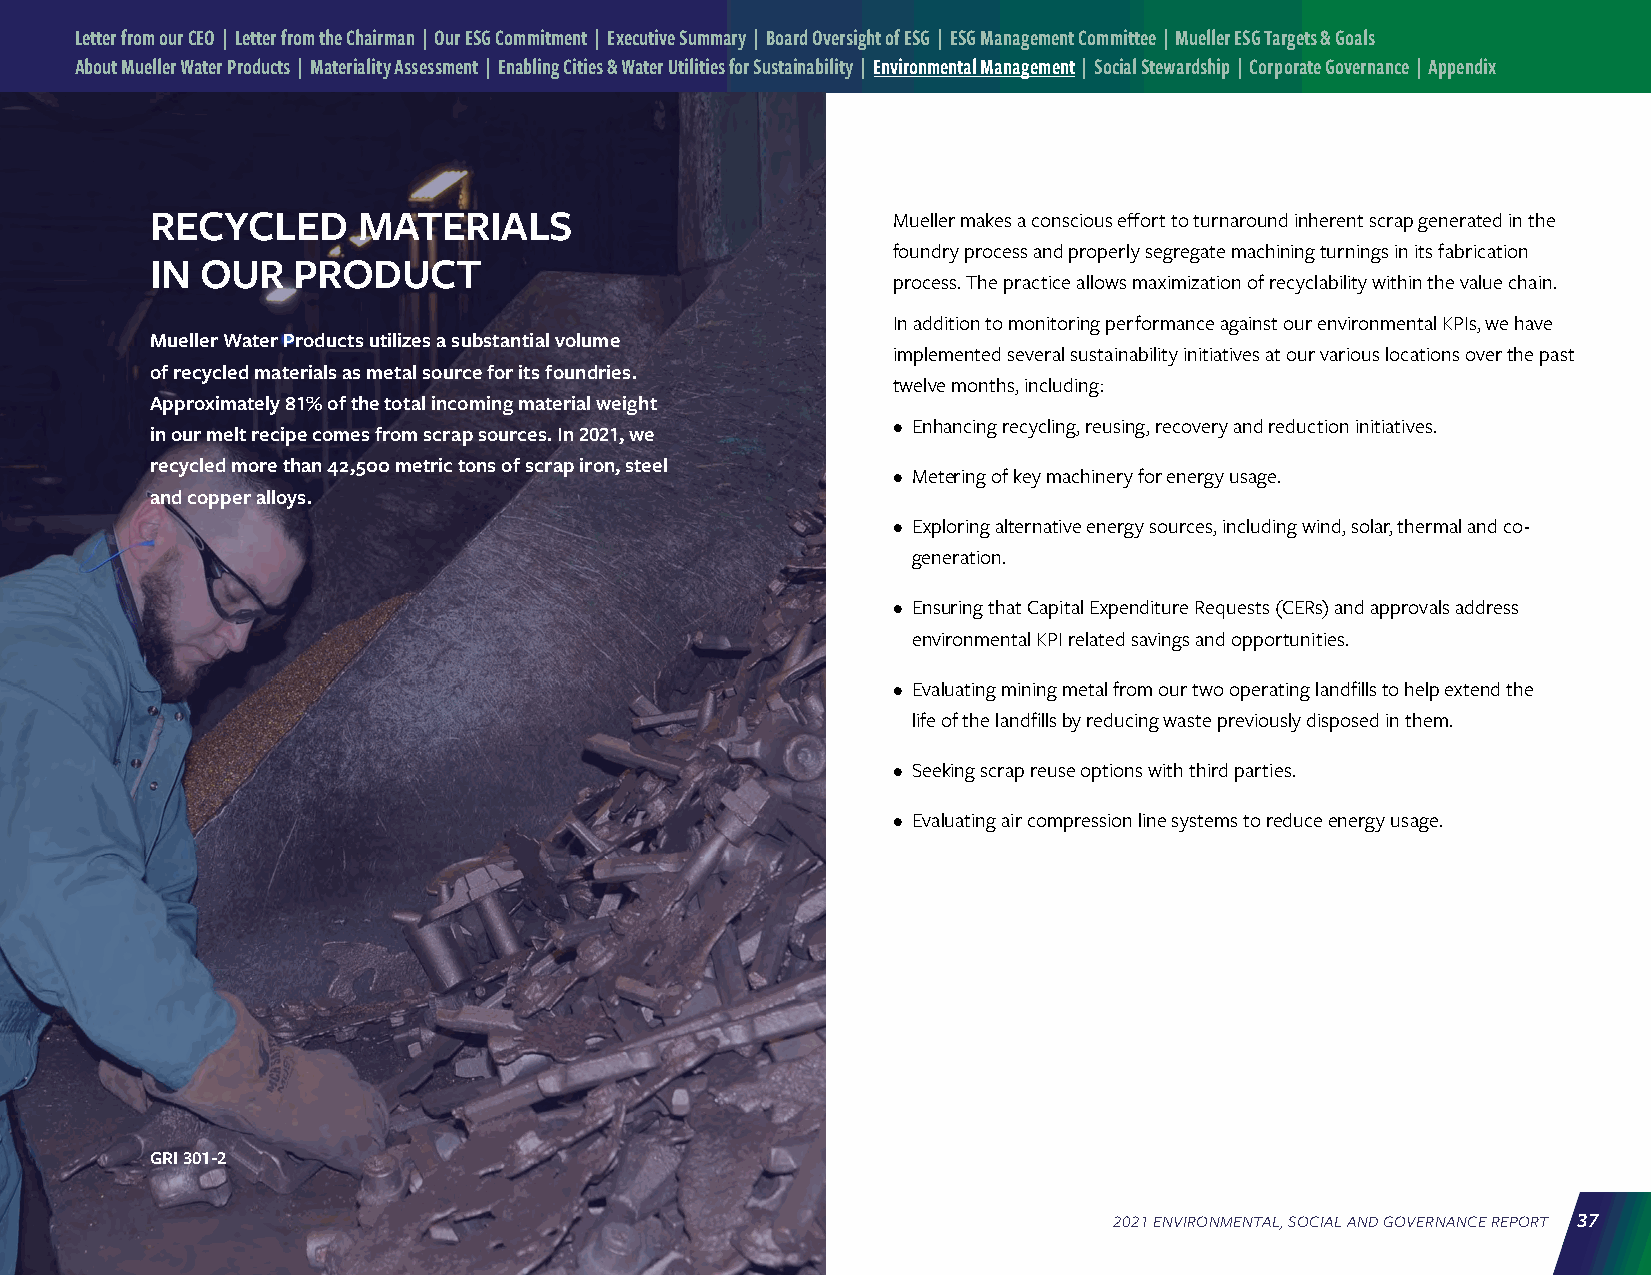
Letter from our CEO | Letter from the Chairman | Our ESG Commitment | Executive Summary | Board Oversight of ESG | ESG Management Committee | Mueller ESG Targets & Goals
 About Mueller Water Products | Materiality Assessment | Enabling Cities & Water Utilities for Sustainability | Environmental Management | Social Stewardship | Corporate Governance | Appendix
 RECYCLED      MATERIALS                          Mueller makes a conscious effort to turnaround inherent scrap generated in the
 foundry process and properly segregate machining turnings in its fabrication
 IN OUR   PRODUCT
 process. The practice allows maximization of recyclability within the value chain.
 In addition to monitoring performance against our environmental KPIs, we have
 Mueller Water Products utilizes a substantial volume
 implemented several sustainability initiatives at our various locations over the past
 of recycled materials as metal source for its foundries.
 twelve months, including:
 Approximately 81% of the total incoming material weight
 • Enhancing recycling, reusing, recovery and reduction initiatives.
 in our melt recipe comes from scrap sources. In 2021, we
 recycled more than 42,500 metric tons of scrap iron, steel
 • Metering of key machinery for energy usage.
 and copper alloys.
 • Exploring alternative energy sources, including wind, solar, thermal and co-
 generation.
 • Ensuring that Capital Expenditure Requests (CERs) and approvals address
 environmental KPI related savings and opportunities.
 • Evaluating mining metal from our two operating landfills to help extend the
 life of the landfills by reducing waste previously disposed in them.
 • Seeking scrap reuse options with third parties.
 • Evaluating air compression line systems to reduce energy usage.
 GRI 301-2
 2021 ENVIRONMENTAL, SOCIAL AND GOVERNANCE REPORT 37